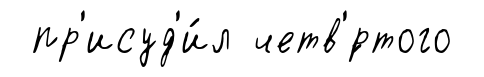
пр'исуд'и́л четв'́ртого